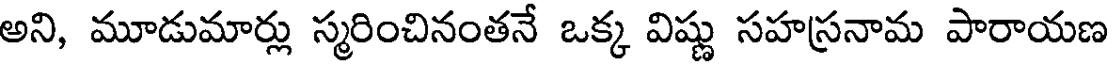
అని, మూడుమార్లు స్మరించినంతనే ఒక్క విష్ణు సహస్రనామ పారాయణ